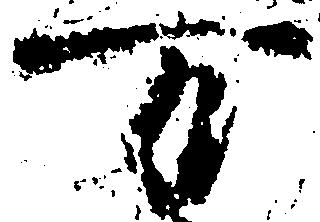
万